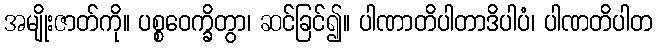
အမျိုးဇာတ်ကို။ ပစ္စဝေက္ခိတွာ၊ ဆင်ခြင်၍။ ပါဏာတိပါတာဒိပါပံ၊ ပါဏတိပါတ